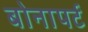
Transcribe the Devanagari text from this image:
बोनापर्ट